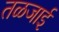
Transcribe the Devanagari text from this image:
तळजाई